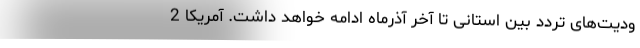
ودیت‌های تردد بین استانی تا آخر آذرماه ادامه خواهد داشت. آمریکا 2